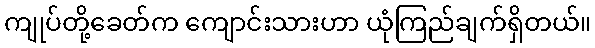
ကျုပ်တို့ခေတ်က ကျောင်းသားဟာ ယုံကြည်ချက်ရှိတယ်။